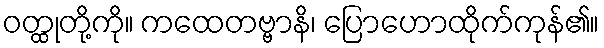
ဝတ္ထုတို့ကို။ ကထေတဗ္ဗာနိ၊ ပြောဟောထိုက်ကုန်၏။